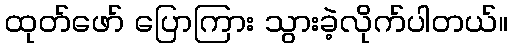
ထုတ်ဖော် ပြောကြား သွားခဲ့လိုက်ပါတယ်။